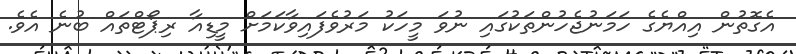
އެގޮތުން އިއްޔެގެ ހަމަނުޖެހުންތަކުގައި ނުވަ މީހަކު މަރުވެފައިވާކަމަށް މީޑިއާ ރިޕޯޓްތައް ބުނެ އެވެ.